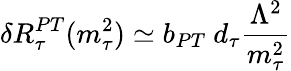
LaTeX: \delta R_{\tau}^{PT}(m_{\tau}^{2})\simeq b_{PT}\ d_{\tau}{\frac{\Lambda^{2}}{m_{\tau}^{2}}}